Riigikantselei, lk 530
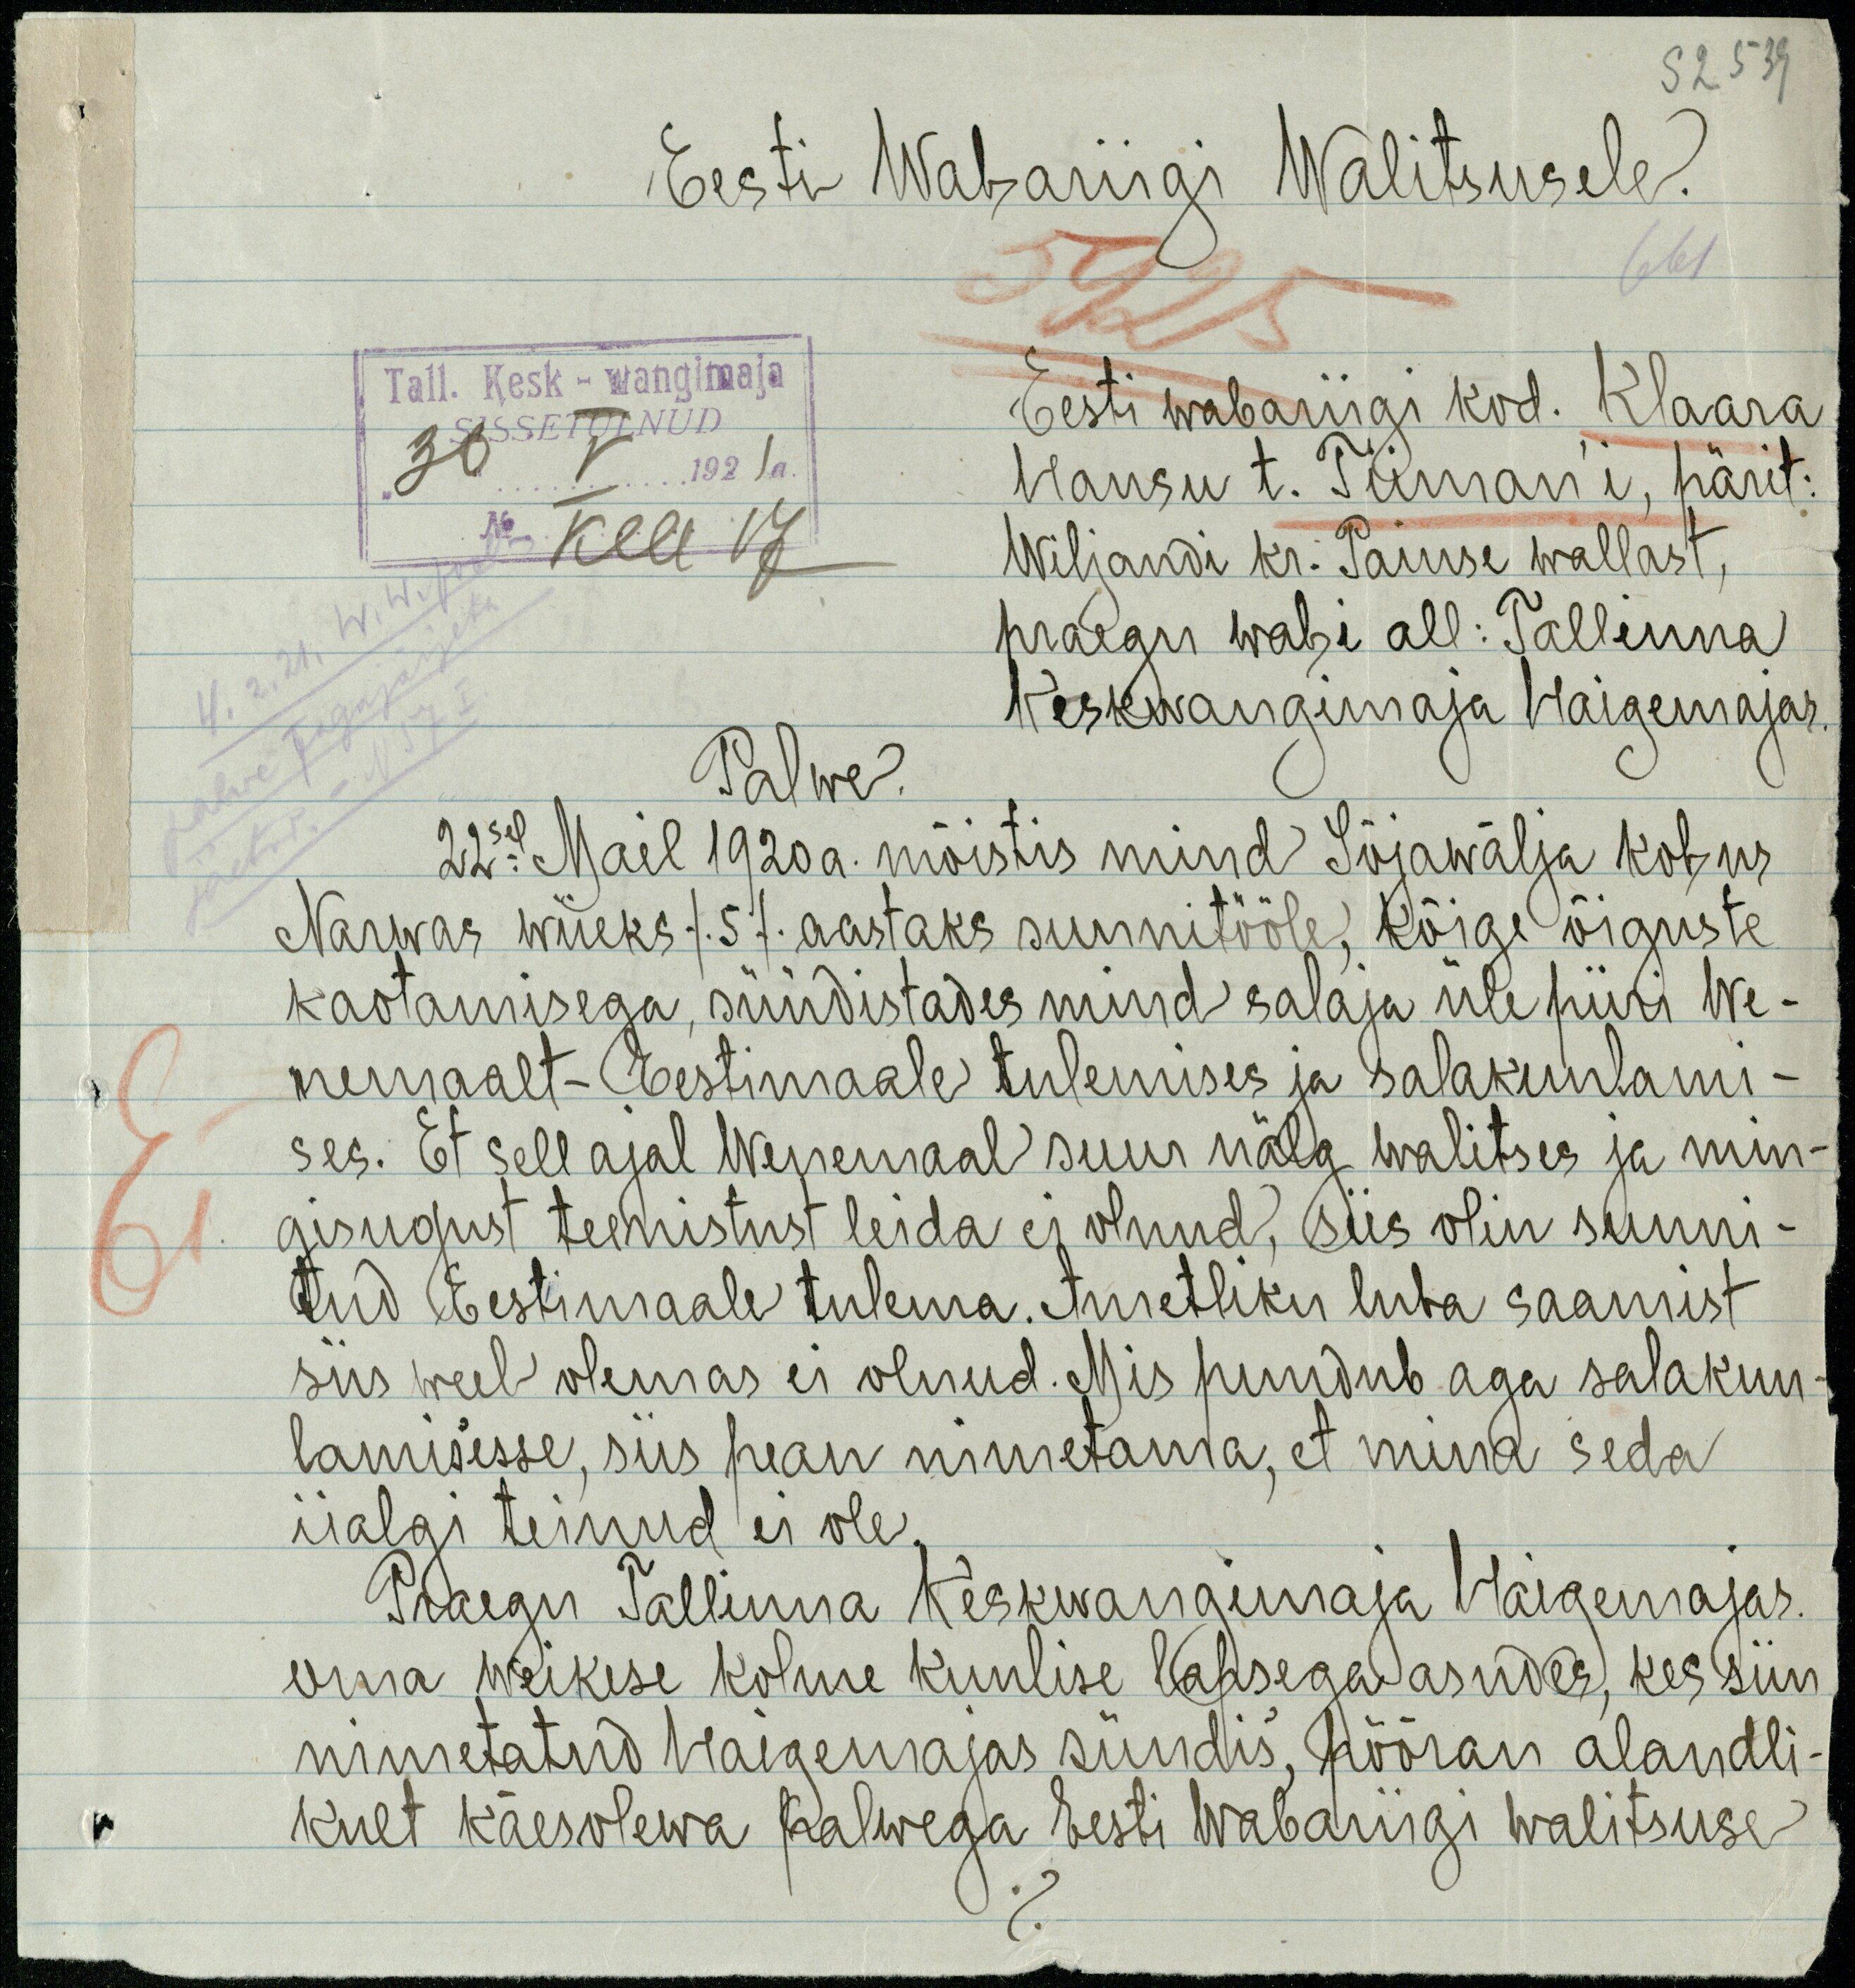
Eesti Wabariigi Walitsusele.
Tall. Kesk – wangimaja
Eesti wabariigi kod. Klaara
30 V 1921 a.
Hansu t. Tiiman'i, pärit:
No kell 17
Wiljandi kr. Paiuse wallast,
praegu wahi all: Tallinna
Palwe.
Keskwangimaja haigemajas.
22.sel Mail 1920 a. mõistis mind Sõjawälja kohus
Narwas wiieks /5/ aastaks sunnitööle, kõige õiguste
kaotamisega, süüdistades mind salaja üle piiri We-
nemaalt-Eestimaale tulemises ja salakuulami-
ses. Et sell ajal Wenemaal suur nälg walitses ja min-
gisugust teenistust leida ei olnud, siis olin sunni-
tud Eestimaale tulema. Ametliku luba saamist
siis weel olemas ei olnud. Mis puudub aga salakuu-
lamisesse, siis pean nimetama, et mina seda
iialgi teinud ei ole.
Praegu Tallinna Keskwangimaja Haigemajas.
oma weikese kolme kuulise lapsega asudes, kes siin
nimetatud haigemajas sündis, pööran alandli-
kult käesolewa palwega Eesti Wabariigi walitsuse-